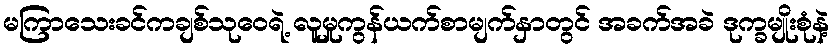
မကြာသေးခင်ကချစ်သုဝေရဲ့ လူမှုကွန်ယက်စာမျက်နှာတွင် အခက်အခဲ ဒုက္ခမျိုးစုံနဲ့